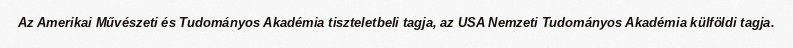
Az Amerikai Művészeti és Tudományos Akadémia tiszteletbeli tagja, az USA Nemzeti Tudományos Akadémia külföldi tagja.